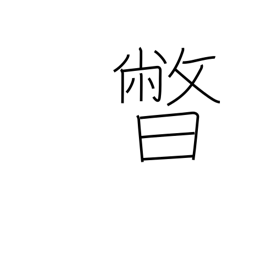
Meaning: setting sun